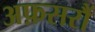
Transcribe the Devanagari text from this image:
अफ़सरौं